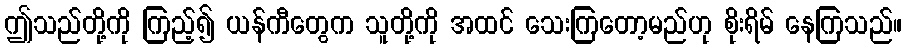
ဤသည်တို့ကို ကြည့်၍ ယန်ကီတွေက သူတို့ကို အထင် သေးကြတော့မည်ဟု စိုးရိမ် နေကြသည်။